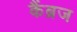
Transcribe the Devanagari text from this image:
कैंब्रज